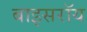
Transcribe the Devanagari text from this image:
बाइसरॉय